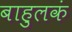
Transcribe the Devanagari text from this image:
बाहुलकं